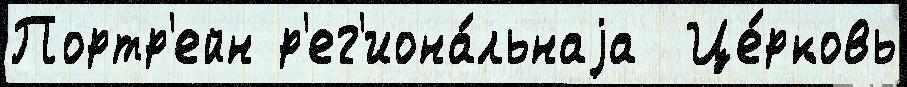
Портр'ейн р'ег'иона́льнаjа  Це́рковь